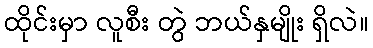
ထိုင်းမှာ လူစီး တွဲ ဘယ်နှမျိုး ရှိလဲ။